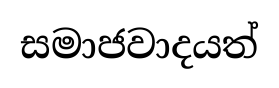
සමාජවාදයත්